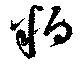
粕